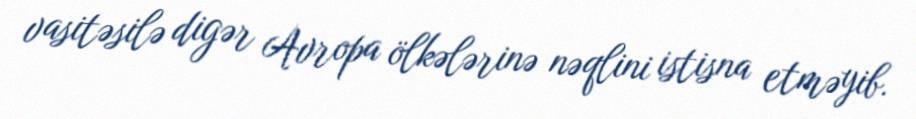
vasitəsilə digər Avropa ölkələrinə nəqlini istisna etməyib.